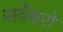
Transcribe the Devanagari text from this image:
सर्वेश्वरो